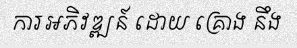
ការអភិវឌ្ឍន៍ ដោយ គ្រោង នឹង